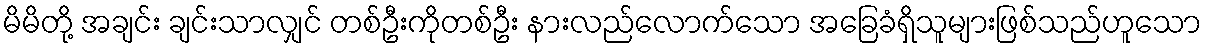
မိမိတို့ အချင်း ချင်းသာလျှင် တစ်ဦးကိုတစ်ဦး နားလည်လောက်သော အခြေခံရှိသူများဖြစ်သည်ဟူသော